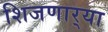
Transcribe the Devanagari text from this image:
शिजणार्‍या